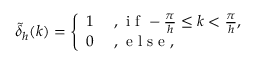
\tilde { \delta } _ { h } ( k ) = \left\{ \begin{array} { l l } { 1 } & { \mathrm { ~ , ~ i ~ f ~ } - \frac { \pi } { h } \le k < \frac { \pi } { h } , } \\ { 0 } & { \mathrm { ~ , ~ e ~ l ~ s ~ e ~ , ~ } } \end{array} \right.